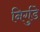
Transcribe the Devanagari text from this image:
निर्गुडे